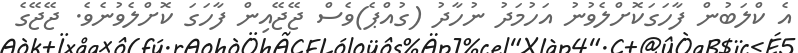
އެ ކްލަބުން ފާހަގަކޮށްލެވުނު އަހުމަދު ނުހާދު (ގުއްޕެ)ވެސް ޖޭޖޭއިން ފާހަގަ ކޮށްލެވުނެވެ. ޖޭޖޭގެ